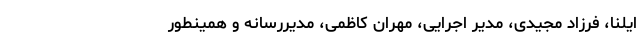
ایلنا، فرزاد مجیدی، مدیر اجرایی، مهران کاظمی، مدیررسانه و همینطور